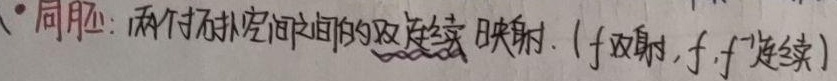
- 同胚：两个拓扑空间之间的双连续映射。（\(f\) 双射，\(f,f^{-1}\) 连续）